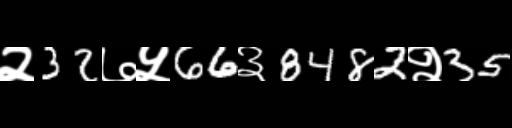
Text: २32७५66३8482२35